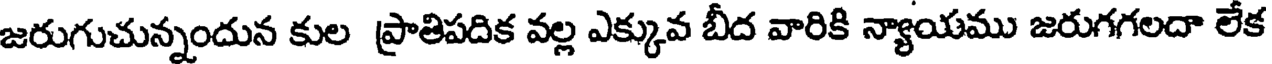
జరుగుచున్నందున కుల ప్రాతిపదిక వల్ల ఎక్కువ బీద వారికి న్యాయము జరుగగలదా లేక